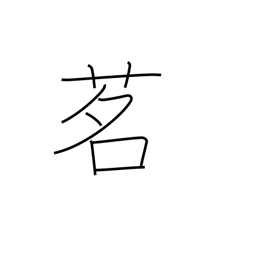
Meaning: tea